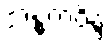
အန္ဓကဝိန္ဒံ